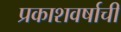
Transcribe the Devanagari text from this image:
प्रकाशवर्षाची